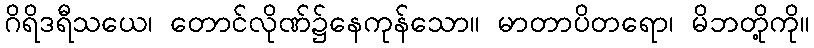
ဂိရိဒရီသယေ၊ တောင်လိုဏ်၌နေကုန်သော။ မာတာပိတရော၊ မိဘတို့ကို။